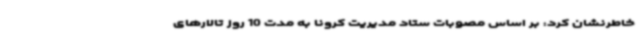
خاطرنشان کرد: بر اساس مصوبات ستاد مدیریت کرونا به مدت 10 روز تالارهای